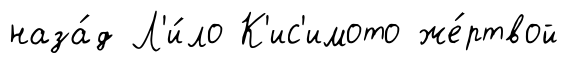
наза́д Л'и́ло К'ис'имото же́ртвой